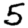
Digit: 5